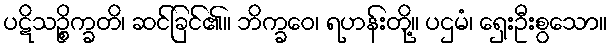
ပဋိသဉ္စိက္ခတိ၊ ဆင်ခြင်၏။ ဘိက္ခဝေ၊ ရဟန်းတို့။ ပဌမံ၊ ရှေးဦးစွသော။